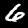
Label: 6